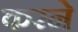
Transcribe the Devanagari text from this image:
करनेे